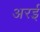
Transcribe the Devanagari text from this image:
अरई